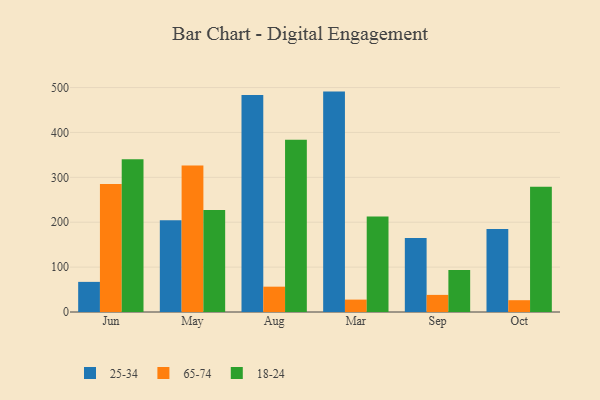
{"axis": {"x": "Month", "y": "Satisfaction Score"}, "legend": ["18-24", "25-34", "65-74"], "data": [{"x": "Jun", "y": 67.1, "type": "25-34"}, {"x": "Jun", "y": 285.3, "type": "65-74"}, {"x": "Jun", "y": 340.4, "type": "18-24"}, {"x": "May", "y": 204.5, "type": "25-34"}, {"x": "May", "y": 326.3, "type": "65-74"}, {"x": "May", "y": 227.5, "type": "18-24"}, {"x": "Aug", "y": 483.7, "type": "25-34"}, {"x": "Aug", "y": 56.4, "type": "65-74"}, {"x": "Aug", "y": 383.5, "type": "18-24"}, {"x": "Mar", "y": 491.0, "type": "25-34"}, {"x": "Mar", "y": 27.6, "type": "65-74"}, {"x": "Mar", "y": 212.6, "type": "18-24"}, {"x": "Sep", "y": 165.0, "type": "25-34"}, {"x": "Sep", "y": 38.1, "type": "65-74"}, {"x": "Sep", "y": 93.8, "type": "18-24"}, {"x": "Oct", "y": 184.7, "type": "25-34"}, {"x": "Oct", "y": 26.3, "type": "65-74"}, {"x": "Oct", "y": 279.1, "type": "18-24"}]}